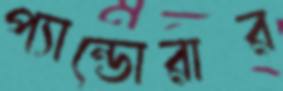
প্যান্ডোরার